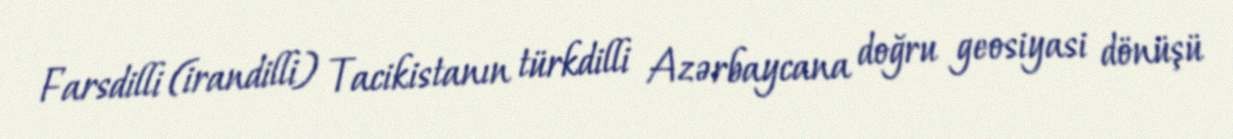
Farsdilli (irandilli) Tacikistanın türkdilli Azərbaycana doğru geosiyasi dönüşü